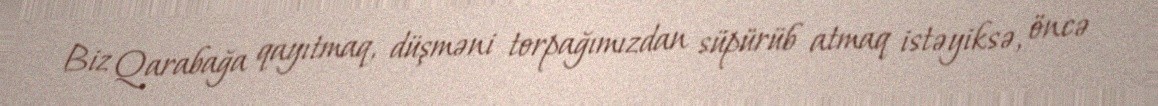
Biz Qarabağa qayıtmaq, düşməni torpağımızdan süpürüb atmaq istəyiksə, öncə